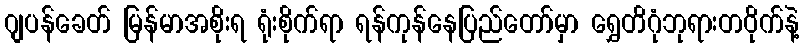
ဂျပန်ခေတ် မြန်မာအစိုးရ ရုံးစိုက်ရာ ရန်ကုန်နေပြည်တော်မှာ ရွှေတိဂုံဘုရားတဝိုက်နဲ့